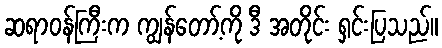
ဆရာဝန်ကြီးက ကျွန်တော့်ကို ဒီ အတိုင်း ရှင်းပြသည်။